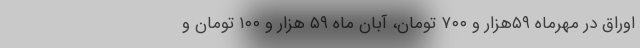
اوراق در مهرماه ۵۹هزار و ۷۰۰ تومان، آبان ماه ۵۹ هزار و ۱۰۰ تومان و